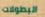
البطولات